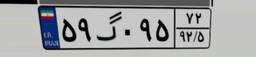
۵۹گ۰۹۵۷۲